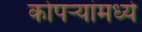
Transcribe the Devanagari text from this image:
कोपऱ्यांमध्ये